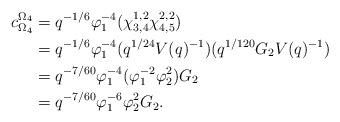
LaTeX: \begin{align*} c_{\Omega_4}^{\Omega_4} &= q^{-1/6}\varphi_1^{-4}(\chi_{3,4}^{1,2}\chi_{4,5}^{2,2})\\ &= q^{-1/6}\varphi_1^{-4}(q^{1/24}V(q)^{-1})(q^{1/120}G_2V(q)^{-1})\\ &= q^{-7/60}\varphi_1^{-4}(\varphi_1^{-2}\varphi_2^2)G_2\\ &= q^{-7/60}\varphi_1^{-6}\varphi_2^2G_2.\end{align*}